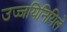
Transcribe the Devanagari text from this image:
उज्जयिनियिले